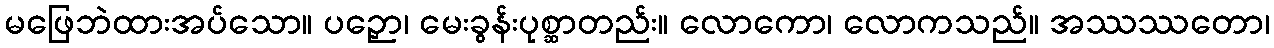
မဖြေဘဲထားအပ်သော။ ပဉှော၊ မေးခွန်းပုစ္ဆာတည်း။ လောကော၊ လောကသည်။ အဿဿတော၊